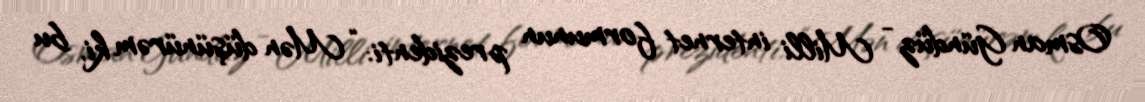
Osman Gündüz - Milli internet formunun prezidenti: “Mən düşünürəm ki, bu